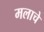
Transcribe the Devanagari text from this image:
मलाचे